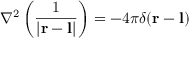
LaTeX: \nabla ^ { 2 } \left( { \frac { 1 } { | \mathbf { r } - \mathbf { l } | } } \right) = - 4 \pi \delta ( \mathbf { r } - \mathbf { l } )